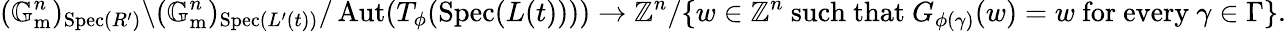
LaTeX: (\mathbb{G}_{\mathrm{m}}^{n})_{\operatorname{Spec}(R^{\prime})}\backslash(\mathbb{G}_{\mathrm{m}}^{n})_{\operatorname{Spec}(L^{\prime}(t))}/\operatorname{Aut}(T_{\phi}(\operatorname{Spec}(L(t))))\to\mathbb{Z}^{n}/\{ w\in\mathbb{Z}^{n}\mathrm{~such~that~}G_{\phi(\gamma)}(w)=w\mathrm{~for~every~}\gamma\in\Gamma\} .